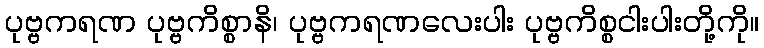
ပုဗ္ဗကရဏ ပုဗ္ဗကိစ္စာနိ၊ ပုဗ္ဗကရဏလေးပါး ပုဗ္ဗကိစ္စငါးပါးတို့ကို။